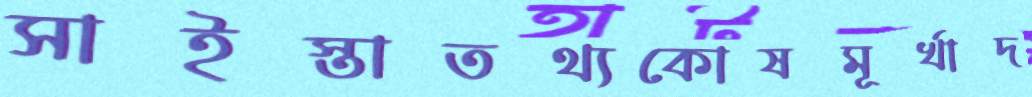
সাইস্তাতথ্যকোষমূর্খাদ